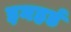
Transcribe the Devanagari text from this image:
इनहर्ड